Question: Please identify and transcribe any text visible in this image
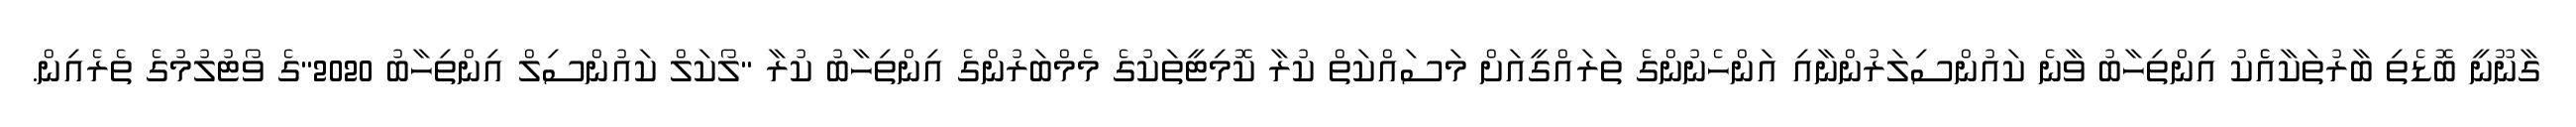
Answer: ގާނޫނީ ބޮޑެތި ބާރުތަކާއެެކު އިންތިހާބު ވާނެ ކައުންސިލަރުންނާއި އަންހެނުންގެ ތަރައްގީއަށް މަސައްކަތް ކުރާ ކޮމިޓީތަކުގެ މެމްބަރުންގެ އިންތިހާބު ކުރާ "ލޯކަލް ކައުންސިލް އިންތިހާބު 2020"ގެ ވޯޓުލުމުގެ ތެރެއިން.